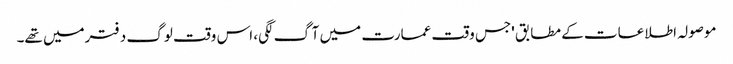
موصولہ اطلاعات کے مطابق 'جس وقت عمارت میں آگ لگی، اس وقت لوگ دفترمیں تھے۔